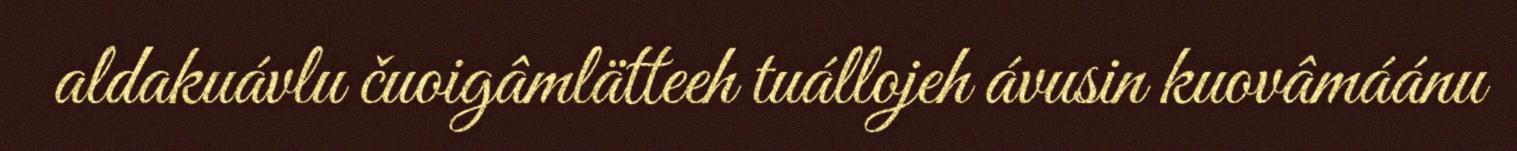
aldakuávlu čuoigâmlätteeh tuállojeh ávusin kuovâmáánu